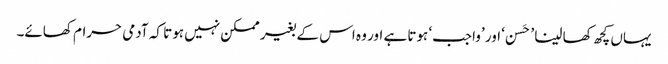
یہاں کچھ کھا لینا ’حَسن ‘ اور ’واجب‘ ہوتا ہے اور وہ اس کے بغیر ممکن نہیں ہوتا کہ آدمی حرام کھائے۔